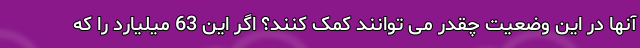
آنها در این وضعیت چقدر می توانند کمک کنند؟ اگر این 63 میلیارد را که